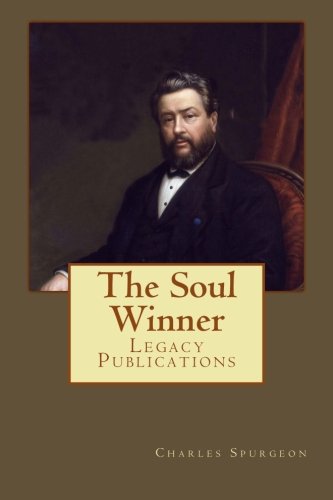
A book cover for The Soul Winner; Charles Spurgeon; Christian Books & Bibles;